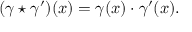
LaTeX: ( \gamma \star \gamma ^ { \prime } ) ( x ) = \gamma ( x ) \cdot \gamma ^ { \prime } ( x ) .